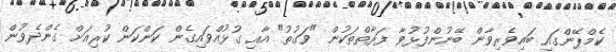
ކެމްޕޭންގައި ބައިވެރިވާން ބޭނުންފުޅުވާ ފަރާތްތަކުން "ވަގުތު" އާއި ގުޅުއްވައިގެން ކަންކަން ކުރިއަށް ގެންދެވުން